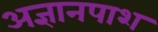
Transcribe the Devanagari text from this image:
अज्ञानपाश